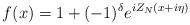
LaTeX: \begin{align*}f(x)=1+(-1)^{\delta }e^{iZ_{N}(x+i\eta )}\end{align*}